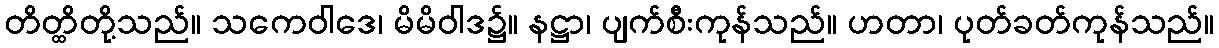
တိတ္ထိတို့သည်။ သကေဝါဒေ၊ မိမိဝါဒ၌။ နဋ္ဌာ၊ ပျက်စီးကုန်သည်။ ဟတာ၊ ပုတ်ခတ်ကုန်သည်။